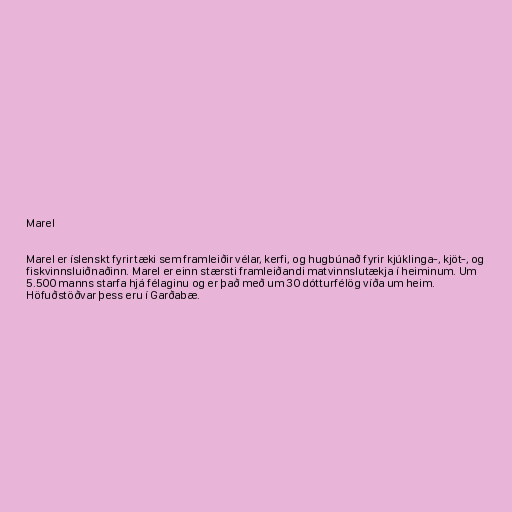
Marel

Marel er íslenskt fyrirtæki sem framleiðir vélar, kerfi, og hugbúnað fyrir kjúklinga-, kjöt-, og
fiskvinnsluiðnaðinn. Marel er einn stærsti framleiðandi matvinnslutækja í heiminum. Um
5.500 manns starfa hjá félaginu og er það með um 30 dótturfélög víða um heim.
Höfuðstöðvar þess eru í Garðabæ.